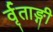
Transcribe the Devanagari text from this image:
र्वृताङ्गी